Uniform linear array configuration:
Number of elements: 64
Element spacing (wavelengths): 1
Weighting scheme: blackman
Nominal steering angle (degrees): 0
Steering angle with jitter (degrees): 0.6836
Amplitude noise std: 0.05
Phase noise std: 0.05

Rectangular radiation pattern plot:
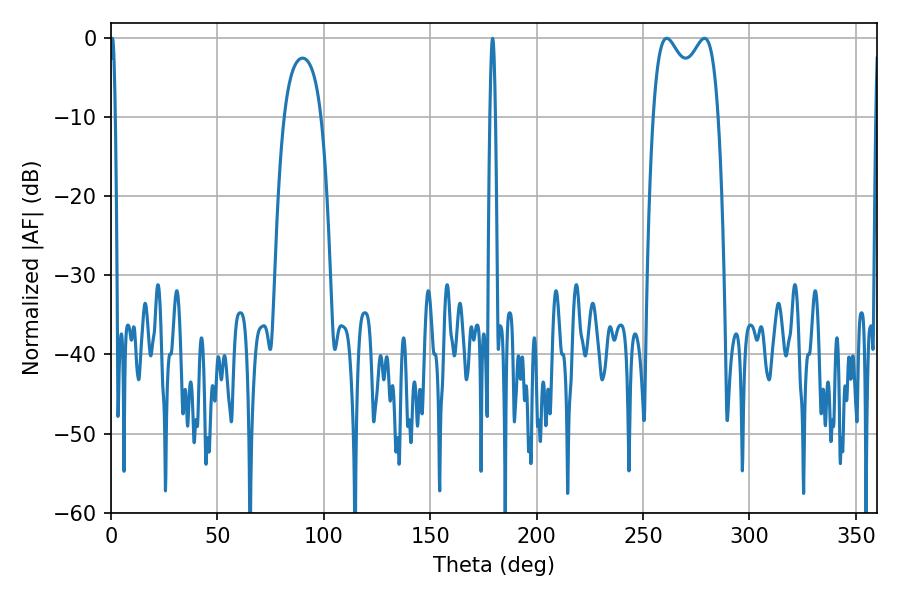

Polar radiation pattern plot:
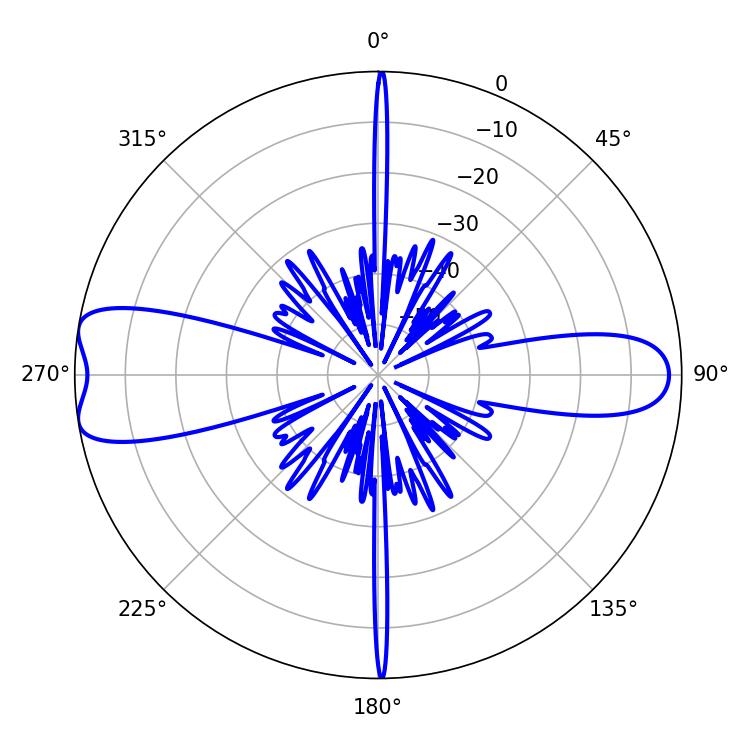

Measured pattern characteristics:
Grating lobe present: TRUE
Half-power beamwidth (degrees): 25.56
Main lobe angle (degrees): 261.18